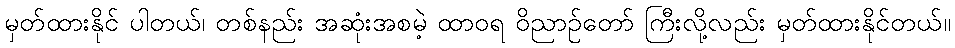
မှတ်ထားနိုင် ပါတယ်၊ တစ်နည်း အဆုံးအစမဲ့ ထာဝရ ဝိညာဉ်တော် ကြီးလို့လည်း မှတ်ထားနိုင်တယ်။